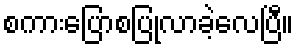
စကားပြောစပြုလာခဲ့လေပြီ။